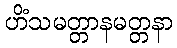
ဟိံသမတ္တာနမတ္တနာ